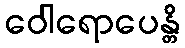
ဝေါရောပေန္တိ